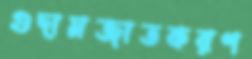
গুদামজাতকরণ